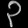
Digit: ၃